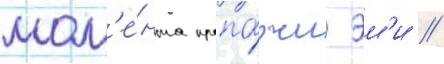
мом'е́нта пропа́жи эм'и //